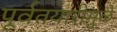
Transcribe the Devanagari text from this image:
पूर्वतयारीमुळे